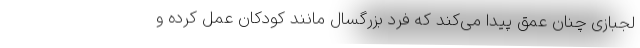
لجبازی چنان عمق پیدا می‌کند که فرد بزرگسال مانند کودکان عمل کرده و